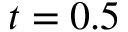
t = 0 . 5